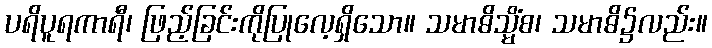
ပရိပူရကာရီ၊ ဖြည့်ခြင်းကိုပြုလေ့ရှိသော။ သမာဓိသ္မိံစ၊ သမာဓိ၌လည်း။